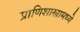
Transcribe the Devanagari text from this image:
प्राणिशास्त्रामध्ये